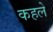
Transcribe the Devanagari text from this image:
कहले